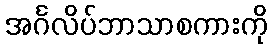
အင်္ဂလိပ်ဘာသာစကားကို